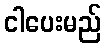
ငါပေးမည်